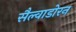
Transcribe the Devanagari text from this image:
सैल्वाडोरन